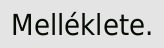
Melléklete.